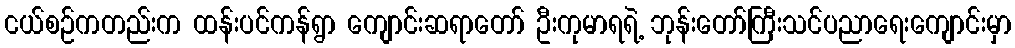
ငယ်စဉ်ကတည်းက ထန်းပင်ကန်ရွာ ကျောင်းဆရာတော် ဦးကုမာရရဲ့ ဘုန်းတော်ကြီးသင်ပညာရေးကျောင်းမှာ